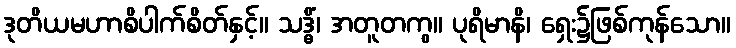
ဒုတိယမဟာစိပါက်စိတ်နှင့်။ သဒ္ဓိံ၊ အတူတကွ။ ပုရိမာနိ၊ ရှေး၌ဖြစ်ကုန်သော။